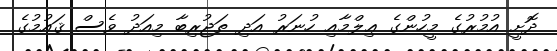
ދޮށީ އުމުރުގެ މީހުންގެ ޢިލްމާއި ހުނަރު އަދި ތަޖުރިބާ މިއަދު ވެސް ޤައުމުގެ